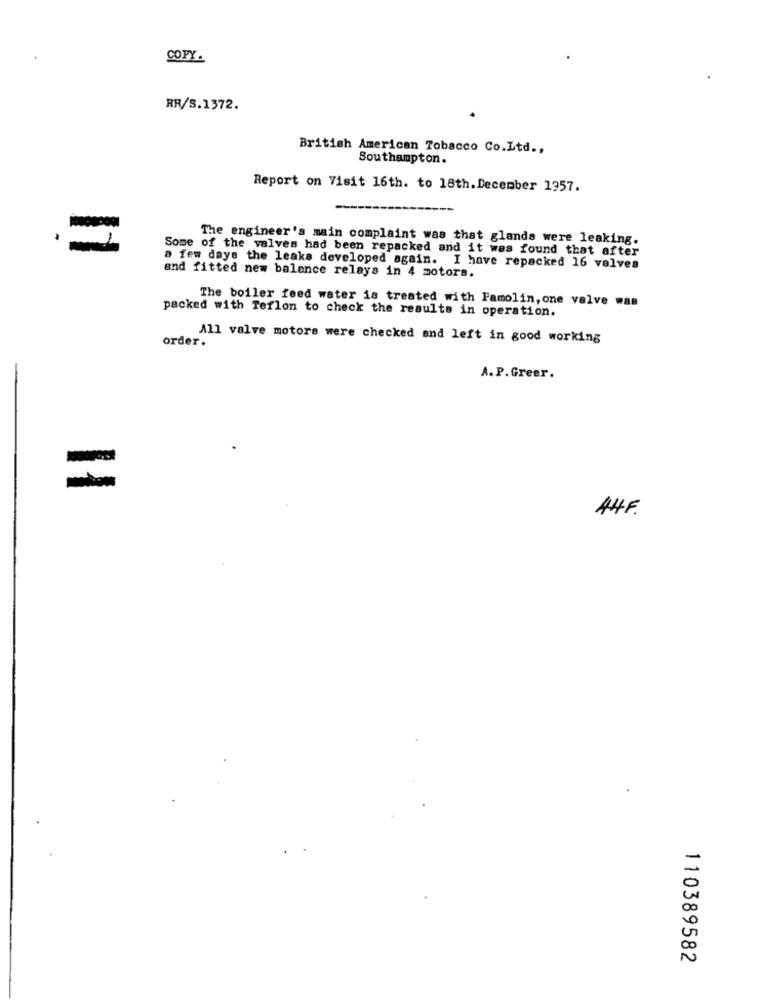
COPY.
RR/S.1372.
British American Tobacco Co.Ltd .,
Southampton.
Report on Visit 16th. to 18th. December 1957.
The engineer's main complaint was that glands were leaking.
Some of the valves had been repacked and it was found that after
and fitted new balance relays in 4 motors.
a few days the leaks developed again. I have repacked 16 valves
The boiler feed water is treated with Famolin, one valve was
packed with Teflon to check the results in operation.
order.
All valve motors were checked and left in good working
A.P.Greer.
=
44F.
110389582